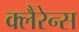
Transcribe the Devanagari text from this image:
क्लैरेन्स